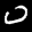
Label: 0